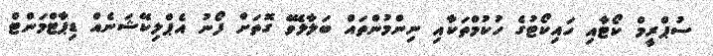
ސުޕްރީމް ކޯޓާއި ހައިކޯޓުގެ ހުކުމްތަކާއި ނިންމުންތައް ބަލާލެވޭ ގޮތަށް ފޯނު އެޕްލިކޭޝަނެއް ޑިޕާޓްމަންޓް